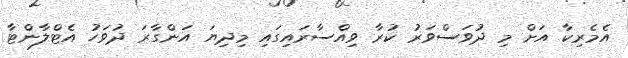
އެމެރިކާ އަށް މި ދުވަސްވަރު ކުރާ ވިއްސާރައިގައި މިދިޔަ އަންގާރަ ދުވަހު އެޓްލާންޓާ